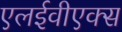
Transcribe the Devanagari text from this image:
एलईवीएक्स